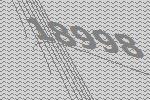
18998